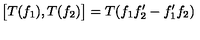
\bigl [ T ( f _ { 1 } ) , T ( f _ { 2 } ) \bigr ] = T ( f _ { 1 } f _ { 2 } ^ { \prime } - f _ { 1 } ^ { \prime } f _ { 2 } )